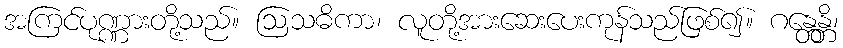
အကြင်ပုဏ္ဏားတို့သည်။ ဩသဓိကာ၊ လူတို့အားဆေးပေးကုန်သည်ဖြစ်၍။ ဂန္တေန္တိ၊